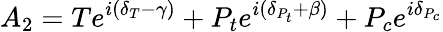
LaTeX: A_{2}=Te^{i(\delta_{T}-\gamma)}+P_{t}e^{i(\delta_{P_{t}}+\beta)}+P_{c}e^{i\delta_{P_{c}}}